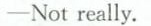
-Not really.